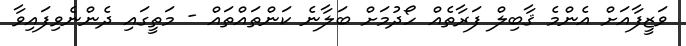
ވަޒީފާއަށް އެންމެ ޤާބިލް ފަރާތެއް ހޯދުމަށް ބަލާނެ ކަންތައްތައް - މަތީގައި ދެންނެވިފައިވާ